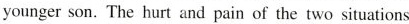
younger son. The hurt and pain of the two situations